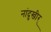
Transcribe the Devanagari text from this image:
नांदुखीर्